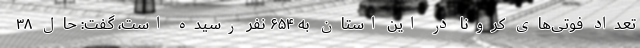
تعداد فوتی‌های کرونا در این استان به ۶۵۴ نفر رسیده است، گفت: حال ۳۸